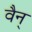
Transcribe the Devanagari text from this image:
वैन्